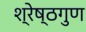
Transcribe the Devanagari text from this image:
श्रेष्ठगुण